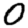
Digit: 0